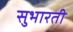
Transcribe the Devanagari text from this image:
सुभारती